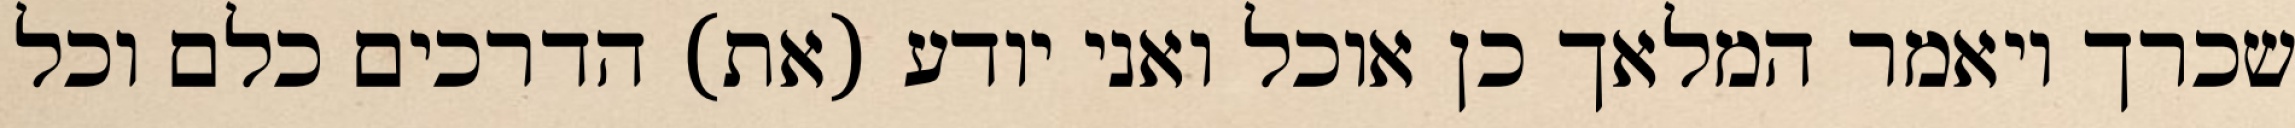
שכרך ויאמר המלאך כן אוכל ואני יודע (את) הדרכים כלם וכל